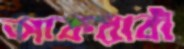
আকরাবী